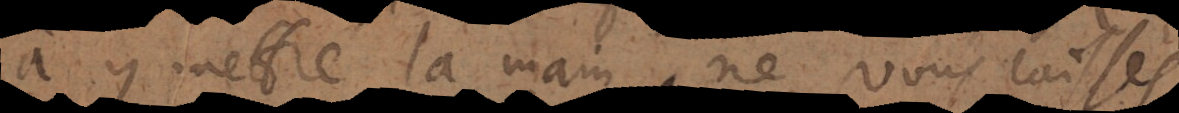
à y mettre la main, ne vous laissés